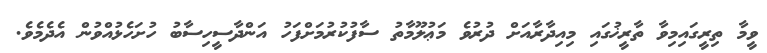
ވީމާ ތިރީގައިމިވާ ތާރީޚުގައި މިއިދާރާއަށް ދުރުވެ މަޢުލޫމާތު ސާފުކުރުމަށްފަހު އަންދާސީހިސާބު ހުށަހެޅުއްވުން އެދެމެވެ.